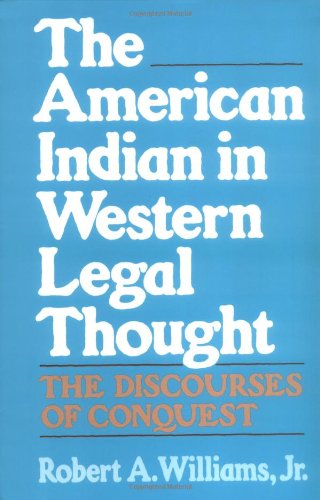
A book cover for The American Indian in Western Legal Thought: The Discourses of Conquest; Robert A. Williams Jr; Law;